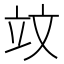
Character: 𥩛